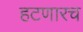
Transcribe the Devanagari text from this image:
हटणारच